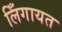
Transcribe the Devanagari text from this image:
लिँगायत